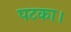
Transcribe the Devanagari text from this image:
पटका।